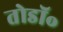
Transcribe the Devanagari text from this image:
तोडॉ॰